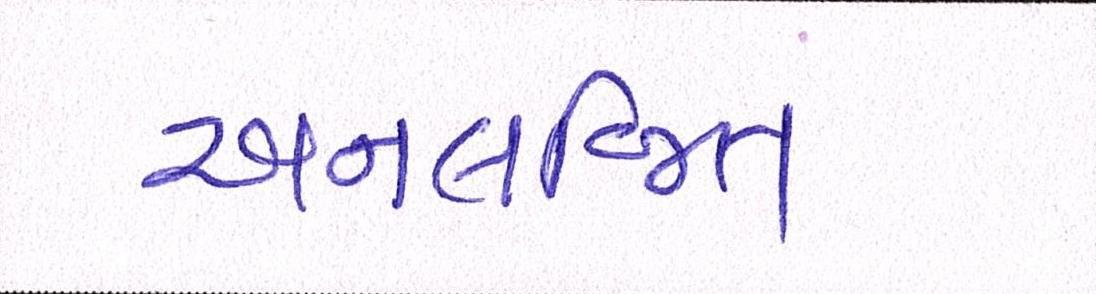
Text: અનલજિત